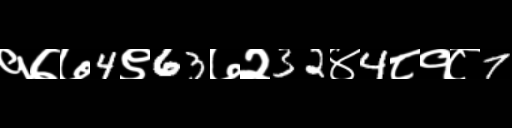
Text: १७७4९63७२32४4८१८7